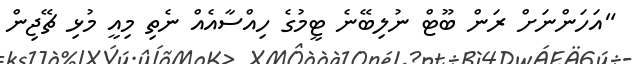
"އަހަންނަށް ރަން ބޫޓް ނުލިބޭނެ ޓީމުގެ ހިއްސާއެއް ނެތި މިއީ މުޅި ޗޭޖިން